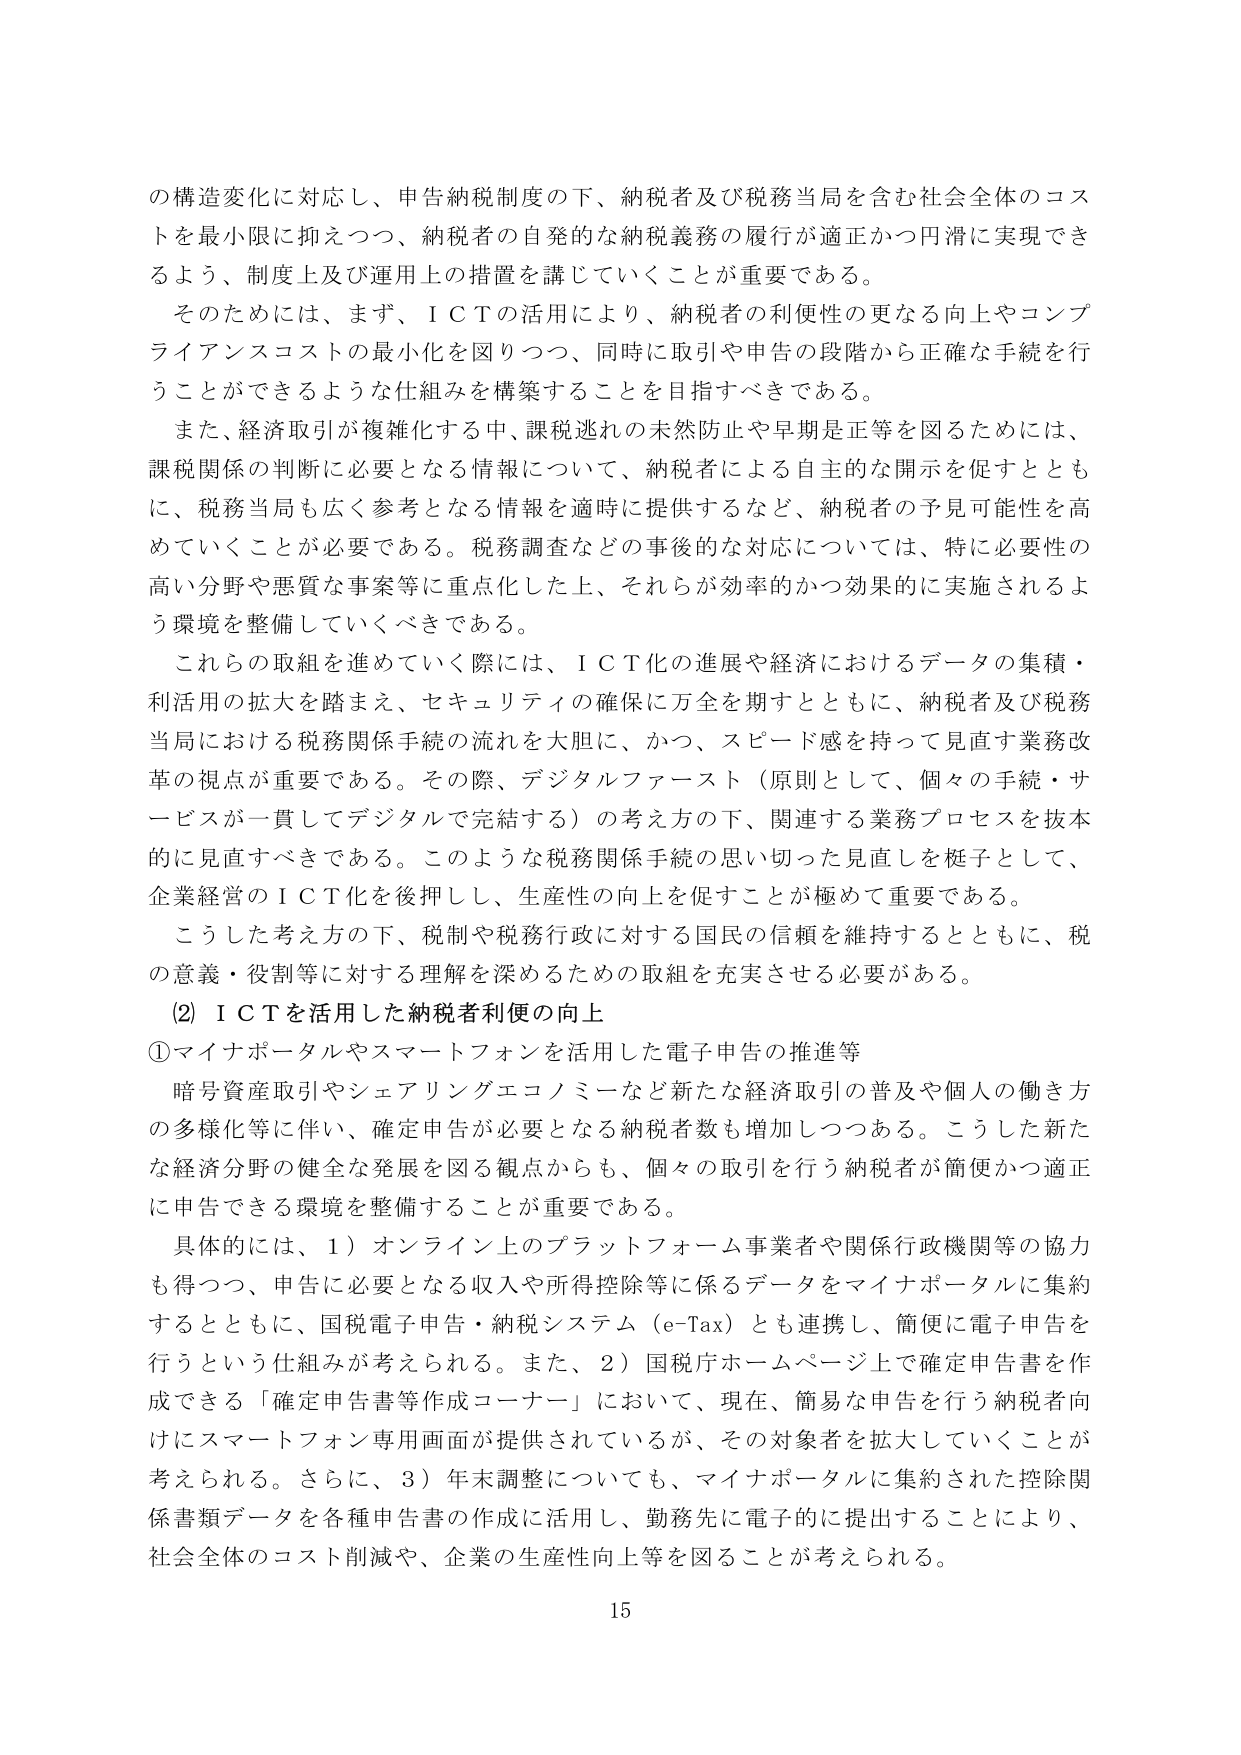
の構造変化に対応し、申告納税制度の下、納税者及び税務当局を含む社会全体のコストを最小限に抑えつつ、納税者の自発的な納税義務の履行が適正かつ円滑に実現できるよう、制度上及び運用上の措置を講じていくことが重要である。

そのためには、まず、ＩＣＴの活用により、納税者の利便性の更なる向上やコンプライアンスコストの最小化を図りつつ、同時に取引や申告の段階から正確な手続を行うことができるような仕組みを構築することを目指すべきである。

また、経済取引が複雑化する中、課税逃れの未然防止や早期是正等を図るためには、課税関係の判断に必要となる情報について、納税者による自主的な開示を促すとともに、税務当局も広く参考となる情報を適時提供するなど、納税者の予見可能性を高めていくことが必要である。税務調査などの事後的な対応については、特に必要性の高い分野や悪質な事案等に重点化した上、それらが効率的かつ効果的に実施されるよう環境を整備していくべきである。

これらの取組を進めていく際には、ＩＣＴ化の進展や経済におけるデータの集積・利活用の拡大を踏まえ、セキュリティの確保に万全を期すとともに、納税者及び税務当局における税務関係手続の流れを大胆に、かつ、スピード感を持って見直す業務改革の視点が重要である。その際、デジタルファースト（原則として、個々の手続・サービスが一貫してデジタルで完結する）の考え方の下、関連する業務プロセスを抜本的に見直すべきである。このような税務関係手続の思い切った見直しを梃子として、企業経営のＩＣＴ化を後押しし、生産性の向上を促すことが極めて重要である。

こうした考え方の下、税制や税務行政に対する国民の信頼を維持するとともに、税の意義・役割等に対する理解を深めるための取組を充実させる必要がある。

(2) ＩＣＴを活用した納税者利便の向上

①マイナポータルやスマートフォンを活用した電子申告の推進等

暗号資産取引やシェアリングエコノミーなど新たな経済取引の普及や個人の働き方の多様化等に伴い、確定申告が必要となる納税者数も増加しつつある。こうした新たな経済分野の健全な発展を図る観点からも、個々の取引を行う納税者が簡便かつ適正に申告できる環境を整備することが重要である。

具体的には、1）オンライン上のプラットフォーム事業者や関係行政機関等の協力も得つつ、申告に必要となる収入や所得控除等に係るデータをマイナポータルに集約するとともに、国税電子申告・納税システム（e-Tax）とも連携し、簡便に電子申告を行うという仕組みが考えられる。また、2）国税庁ホームページ上で確定申告書を作成できる「確定申告書等作成コーナー」において、現在、簡易な申告を行う納税者向けにスマートフォン専用画面が提供されているが、その対象者を拡大していくことが考えられる。さらに、3）年末調整についても、マイナポータルに集約された控除関係書類データを各種申告書の作成に活用し、勤務先に電子的に提出することにより、社会全体のコスト削減や、企業の生産性向上等を図ることが考えられる。

15